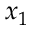
x _ { 1 }